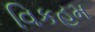
વિકહમ